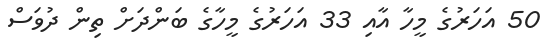
50 އަހަރުގެ މީހާ އާއި 33 އަހަރުގެ މީހާގެ ބަންދަށް ތިން ދުވަސް